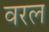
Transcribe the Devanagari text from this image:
वरल